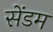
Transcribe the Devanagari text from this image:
सेंडम